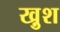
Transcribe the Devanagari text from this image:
खु़श